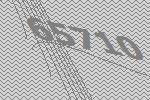
65710